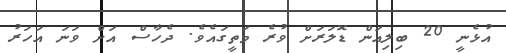
އުޅެނީ 20 ބިލިއަން ޑޮލަރަށް ވުރެ މަތީގައެވެ. ދެހާސް އަށް ވަނަ އަހަރު